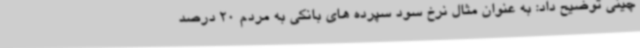
چینی توضیح داد: به عنوان مثال نرخ سود سپرده های بانکی به مردم 20 درصد